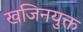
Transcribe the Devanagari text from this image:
खजिनयुक्त